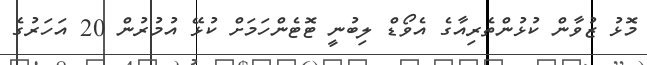
މޮޅު ޒުވާން ކުޅުންތެރިއާގެ އެވޯޑް ލިބުނީ ޓޮޓެންހަމަށް ކުޅޭ އުމުރުން 20 އަހަރުގެ